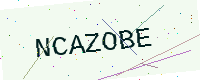
Text: NCAZOBE